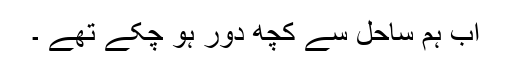
اب ہم ساحل سے کچھ دور ہو چکے تھے ۔